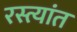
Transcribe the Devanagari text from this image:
रस्त्यांत